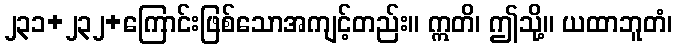
၂၃၁+၂၃၂+ကြောင်းဖြစ်သောအကျင့်တည်း။ ဣတိ၊ ဤသို့။ ယထာဘူတံ၊